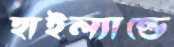
হাইল্যান্ডে